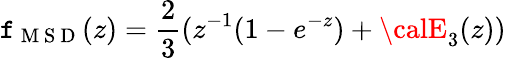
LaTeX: \mathtt{f}_{\mathrm{{~M~S~D~}}}(z)=\frac{{2}}{{3}}(z^{-1}(1-e^{-z})+{\calE}_{3}(z))